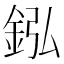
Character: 𨥺